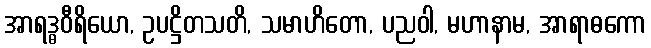
အာရဒ္ဓဝီရိယော, ဥပဋ္ဌိတသတိ, သမာဟိတော, ပညဝါ, မဟာနာမ, အာရာဓကော